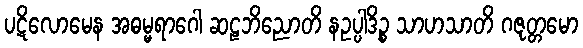
ပဋိလောမေန အဓမ္မရာဂေါ ဆဠဘိညောတိ နဥပ္ပါဒိဉ္စ သာဟသာတိ ဂဇုတ္တမော